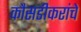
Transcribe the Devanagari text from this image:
कौसडीकरांचे